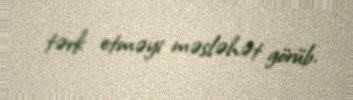
tərk etməyi məsləhət görüb.